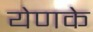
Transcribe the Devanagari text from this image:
येणके